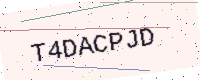
Text: T4DACPJD